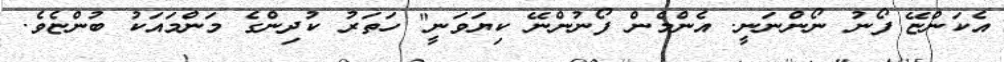
އެކަންޏޭ ފޯނު ނޯންނަނީ. އެންމެން ފޯނުންނޭ ކިޔަވަނީ" ހަތަރު ކުދިންގެ މަންމައަކު ބުންޏެވެ.